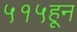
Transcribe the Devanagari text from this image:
५१५हून